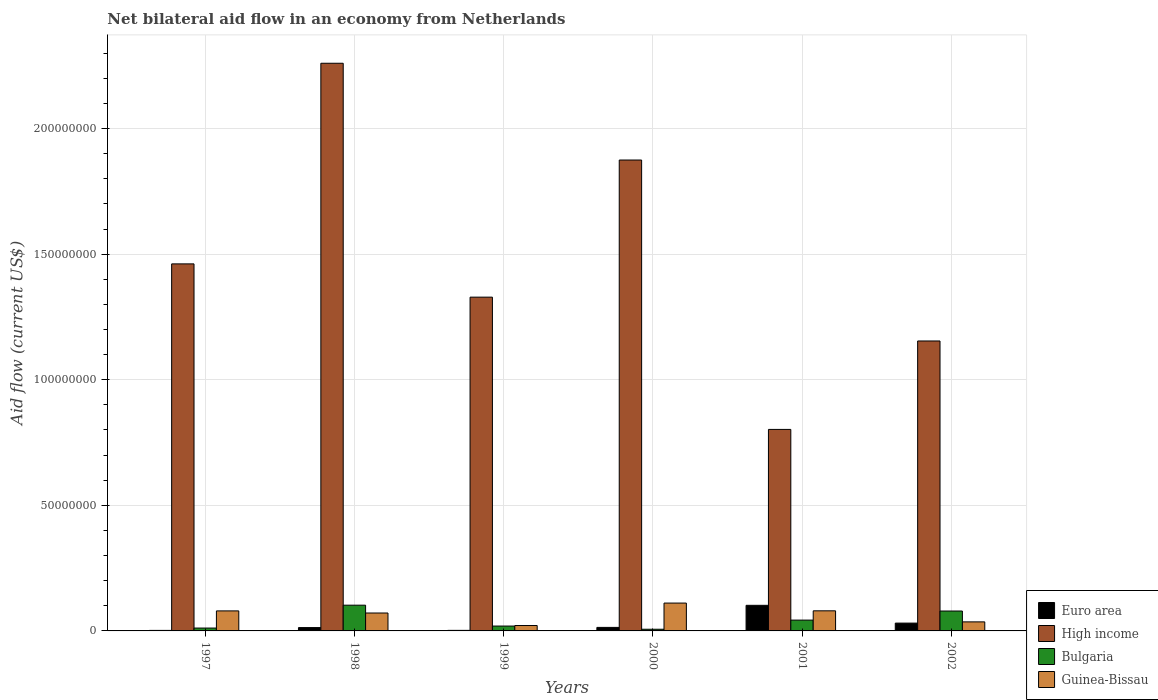
| Years | Euro area | High income | Bulgaria | Guinea-Bissau |
 | --- | --- | --- | --- | --- |
 | 1997 | 2.1e+05 | 1.46e+08 | 1.14e+06 | 7.97e+06 |
 | 1998 | 1.33e+06 | 2.26e+08 | 1.02e+07 | 7.13e+06 |
 | 1999 | 2.2e+05 | 1.33e+08 | 1.94e+06 | 2.15e+06 |
 | 2000 | 1.4e+06 | 1.87e+08 | 6.7e+05 | 1.11e+07 |
 | 2001 | 1.02e+07 | 8.02e+07 | 4.31e+06 | 8e+06 |
 | 2002 | 3.11e+06 | 1.15e+08 | 7.92e+06 | 3.6e+06 |